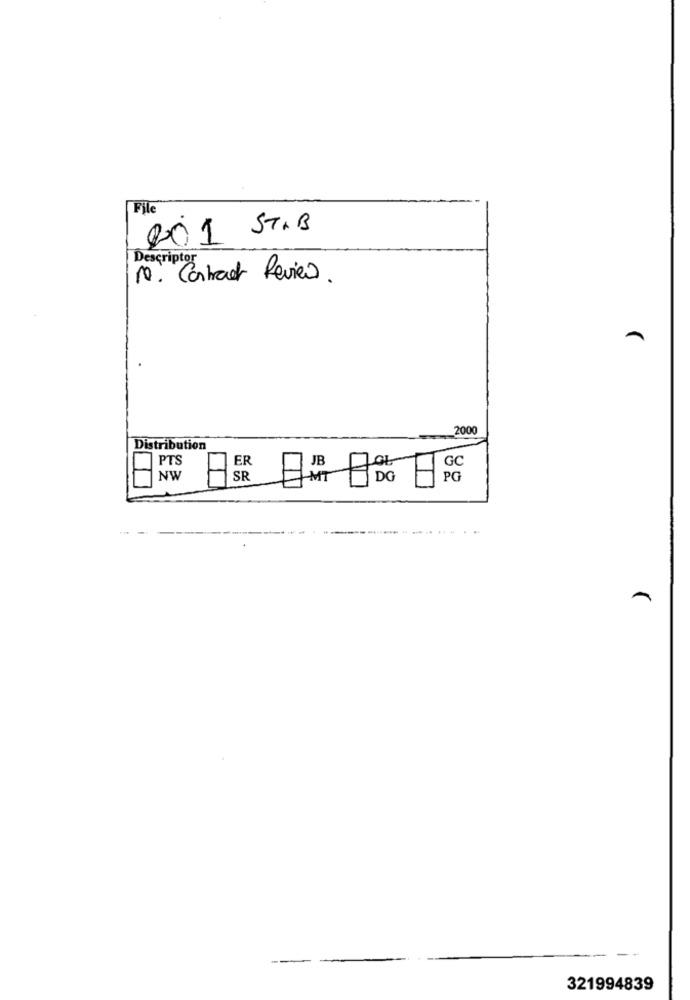
File
201 ST.B
Descriptor
10. Contract Review.
2000
Distribution
PTS
ER
GC
NW
SR
11
DG
PG
...
321994839